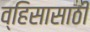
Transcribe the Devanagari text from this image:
व्हिसासाठी